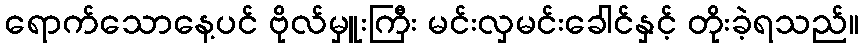
ရောက်သောနေ့ပင် ဗိုလ်မှူးကြီး မင်းလှမင်းခေါင်နှင့် တိုးခဲ့ရသည်။